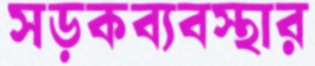
সড়কব্যবস্থার